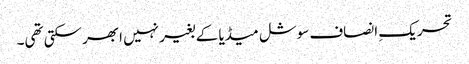
تحریکِ انصاف سوشل میڈیا کے بغیر نہیں ابھر سکتی تھی۔